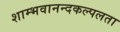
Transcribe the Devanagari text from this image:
शाम्भवानन्दकल्पलता